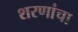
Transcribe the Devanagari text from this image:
शरणांचा